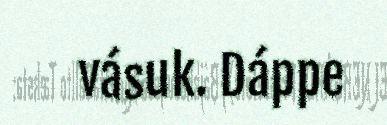
vásuk. Dáppe